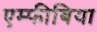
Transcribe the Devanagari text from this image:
एम्फीबिया